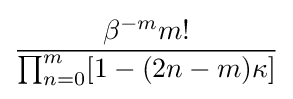
{\frac {\beta ^{-m}m!}{\prod _{n=0}^{m}[1-(2n-m)\kappa ]}}